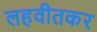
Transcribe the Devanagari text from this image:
लहवीतकर